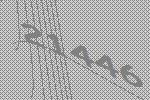
21446